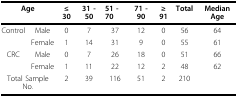
<table><thead><tr><td colspan="2"><b>Age</b></td><td><b>≤ 30</b></td><td><b>31 - 50</b></td><td><b>51 - 70</b></td><td><b>71 - 90</b></td><td><b>≥ 91</b></td><td><b>Total</b></td><td><b>Median Age</b></td></tr></thead><tbody><tr><td>Control</td><td>Male</td><td>0</td><td>7</td><td>37</td><td>12</td><td>0</td><td>56</td><td>64</td></tr><tr><td></td><td>Female</td><td>1</td><td>14</td><td>31</td><td>9</td><td>0</td><td>55</td><td>61</td></tr><tr><td>CRC</td><td>Male</td><td>0</td><td>7</td><td>26</td><td>18</td><td>0</td><td>51</td><td>66</td></tr><tr><td></td><td>Female</td><td>1</td><td>11</td><td>22</td><td>12</td><td>2</td><td>48</td><td>62</td></tr><tr><td colspan="2">Total Sample No.</td><td>2</td><td>39</td><td>116</td><td>51</td><td>2</td><td>210</td><td></td></tr></tbody></table>